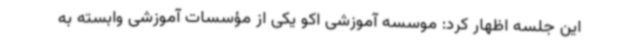
این جلسه اظهار کرد: موسسه آموزشی اکو یکی از مؤسسات آموزشی وابسته به